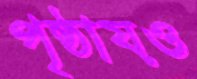
পৃষ্ঠায়ও